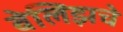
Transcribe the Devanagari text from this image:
बेलिझचे